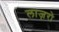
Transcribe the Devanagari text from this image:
लाज़रो